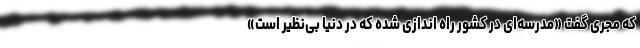
که مجری گفت «مدرسه‌ای در کشور راه اندازی شده که در دنیا بی‌نظیر است»